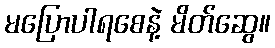
မပြောပါရစေနဲ့ မိတ်ဆွေ။